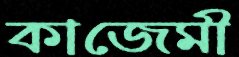
কাজেমী